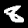
Digit: 8